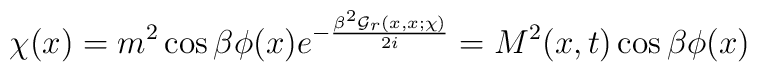
\chi(x) = m^2 \cos \beta \phi(x) e^{-\frac{\beta^2 {\cal G}_r(x,x;\chi)}{2i}} = M^2(x,t) \cos \beta \phi(x)